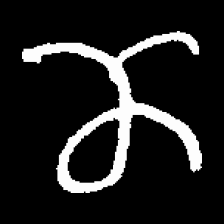
Pyu character \u2014 Myanmar letter: ဏ (romanized: nna)